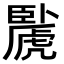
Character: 䖙